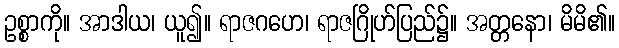
ဥစ္စာကို။ အာဒါယ၊ ယူ၍။ ရာဇဂဟေ၊ ရာဇဂြိုဟ်ပြည်၌။ အတ္တနော၊ မိမိ၏။